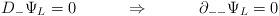
\begin{align*}D_{-} \Psi_L = 0 ~~~ \qquad \Rightarrow ~~~ \qquad\partial_{--} \Psi_L = 0\end{align*}